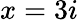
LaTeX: x=3i